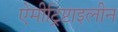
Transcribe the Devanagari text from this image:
ऐमीट्रिप्टाइलीन